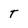
Character: T